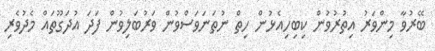
ބޭރުވާ މިންވަރު އިތުރުވުން ކިބިހިއެޅުން ހިތް ނުތަނަވަސްވުން ވަރުބަލިވުން ފަދަ އުދަގޫތައް މެދުވެރި